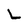
Character: L